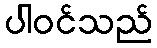
ပါဝင်သည်